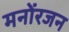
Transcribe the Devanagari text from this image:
मनोंरजन